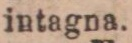
intagna.